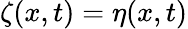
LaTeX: \zeta(x,t)=\eta(x,t)